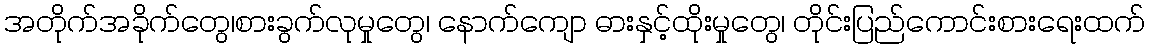
အတိုက်အခိုက်တွေ၊စားခွက်လုမှုတွေ၊ နောက်ကျော ဓားနှင့်ထိုးမှုတွေ၊ တိုင်းပြည်ကောင်းစားရေးထက်